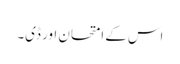
اس کے امتحان اور ڈی۔